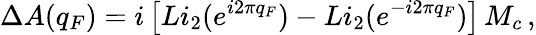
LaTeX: \Delta A(q_{F})=i\left[Li_{2}(e^{i2\pi q_{F}})-Li_{2}(e^{-i2\pi q_{F}})\right]\, M_{c}\, ,